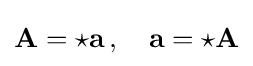
\mathbf {A} ={\star }\mathbf {a} \,,\quad \mathbf {a} ={\star }\mathbf {A}